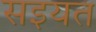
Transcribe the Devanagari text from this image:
सइयत